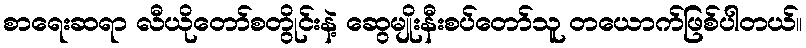
စာရေးဆရာ လီယိုတော်စတွိုင်းနဲ့ ဆွေမျိုးနီးစပ်တော်သူ တယောက်ဖြစ်ပါတယ်။